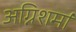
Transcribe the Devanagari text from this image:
अग्निशर्मा